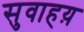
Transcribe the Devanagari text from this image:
सुवाहय़